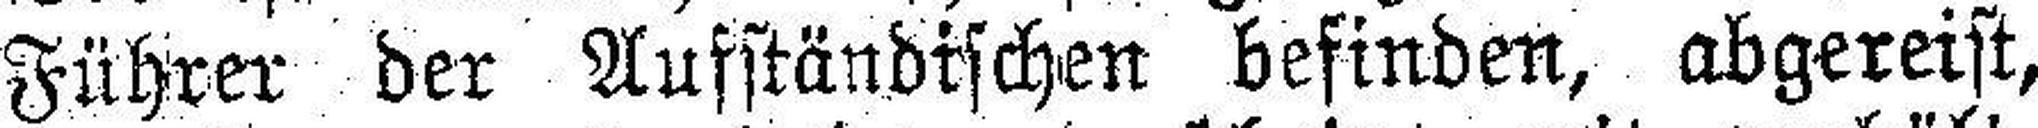
Führer der Aufständischen befinden, abgereist,